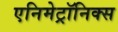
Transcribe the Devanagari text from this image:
एनिमेट्रॉनिक्स